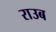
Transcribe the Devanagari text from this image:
राउब